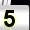
Digit: 5